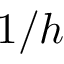
1 / h